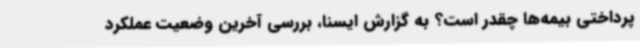
پرداختی بیمه‌ها چقدر است؟ به گزارش ایسنا، بررسی آخرین وضعیت عملکرد